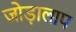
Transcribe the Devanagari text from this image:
जोड़ालाप